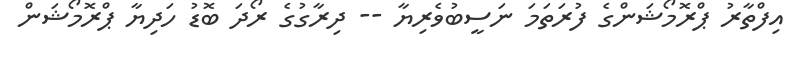
އިފްތާރު ޕްރޮމޯޝަންގެ ފުރަތަމަ ނަސީބުވެރިޔާ -- ދިރާގުގެ ރޯދަ ބޮޑު ހަދިޔާ ޕްރޮމޯޝަން